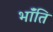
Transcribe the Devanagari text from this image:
भॉंति